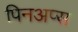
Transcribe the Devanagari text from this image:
पिनअप्स